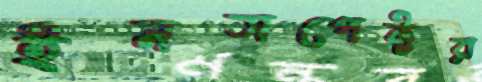
ইনসপেক্টর